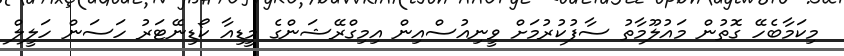
މިކަމާބެހޭ ގޮތުން މައުލޫމާތު ސާފުކުރުމަށް ވީނިއުސްއިން އިމިގްރޭޝަންގެ މީޑިއާ ކޯޑިނޭޓަރު ހަސަން ހަލީލް